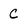
Character: C